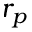
r _ { p }